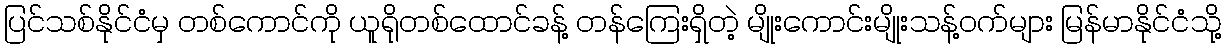
ပြင်သစ်နိုင်ငံမှ တစ်ကောင်ကို ယူရိုတစ်ထောင်ခန့် တန်ကြေးရှိတဲ့ မျိုးကောင်းမျိုးသန့်ဝက်များ မြန်မာနိုင်ငံသို့